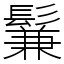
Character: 鬑